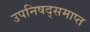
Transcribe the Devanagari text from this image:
उपनिषद्समाप्त